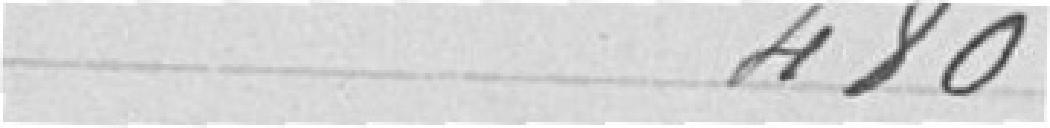
480